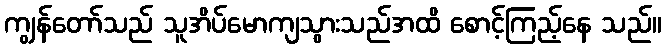
ကျွန်တော်သည် သူအိပ်မောကျသွားသည်အထိ စောင့်ကြည့်နေ သည်။